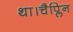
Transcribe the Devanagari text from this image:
था।चैप्लिन